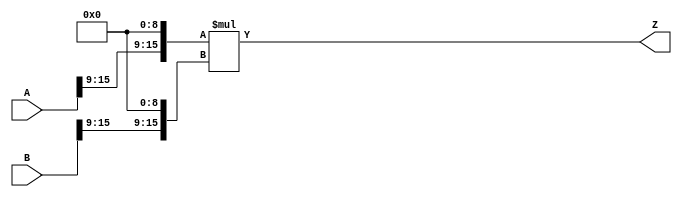
/***
* This code is a part of EvoApproxLib library (ehw.fit.vutbr.cz/approxlib) distributed under The MIT License.
* When used, please cite the following article(s): PRABAKARAN B. S., MRAZEK V., VASICEK Z., SEKANINA L., SHAFIQUE M. ApproxFPGAs: Embracing ASIC-based Approximate Arithmetic Components for FPGA-Based Systems. DAC 2020. 
***/
// MAE% = 0.39 %
// MAE = 16678912 
// WCE% = 1.55 %
// WCE = 66715649 
// WCRE% = 100.00 %
// EP% = 100.00 %
// MRE% = 5.15 %
// MSE = 38746.053e10 
// FPGA_POWER = 0.69
// FPGA_DELAY = 10
// FPGA_LUT = 47



module mul16u_HFR(
	A, 
	B,
	Z
);

input [16-1:0] A;
input [16-1:0] B;
output [2*16-1:0] Z;

wire [16-1:0] tmpA;
wire [16-1:0] tmpB;
assign tmpA = {A[16-1:9],{9{1'b0}}};
assign tmpB = {B[16-1:9],{9{1'b0}}};
assign Z = tmpA * tmpB;
endmodule